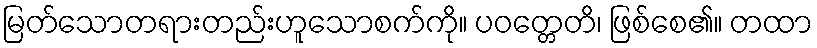
မြတ်သောတရားတည်းဟူသောစက်ကို။ ပဝတ္တေတိ၊ ဖြစ်စေ၏။ တထာ